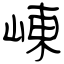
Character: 崠